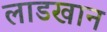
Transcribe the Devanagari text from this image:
लाडखान